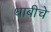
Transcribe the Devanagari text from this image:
धाबीचे